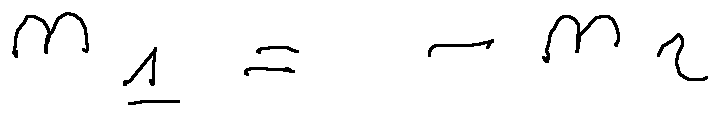
n _ { 1 } = - n _ { 2 }